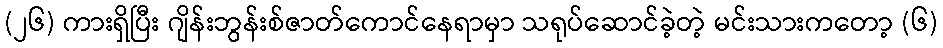
(၂၆) ကားရှိပြီး ဂျိန်းဘွန်းစ်ဇာတ်ကောင်နေရာမှာ သရုပ်ဆောင်ခဲ့တဲ့ မင်းသားကတော့ (၆)